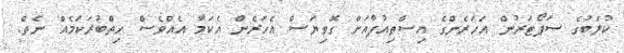
ކުލަބުގެ ސަޕޯޓަރުން އަހަރެންގެ އިސްތިއުފާއަށް ގޮވިޔަސް އެހަރެން އެކަމާ އެއްވެސް ހިތްބުރަކަމެއް ނެތް.